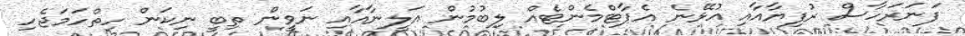
ފަނަރަހާސް ރުފިޔާއާއި އުޅޭނެ އެޕާޓްމެންޓެއް ލިބުމުން އަލީނާއާއި ނަވީން ތިބީ ނިކަން ހިތްހަމަޖެހި